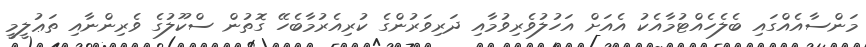
މަންސާއެއްގައި ބެލެހެއްޓުމާއެކު އެއަށް އަހުލުވެރިވުމާއި ދަރިވަރުންގެ ކުރިއެރުމާބެހޭ ގޮތުން ސްކޫލުގެ ވެރިންނާއި ތަޢުލީމީ